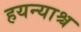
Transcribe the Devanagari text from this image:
हयन्याश्च